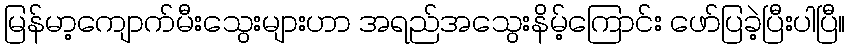
မြန်မာ့ကျောက်မီးသွေးများဟာ အရည်အသွေးနိမ့်ကြောင်း ဖော်ပြခဲ့ပြီးပါပြီ။